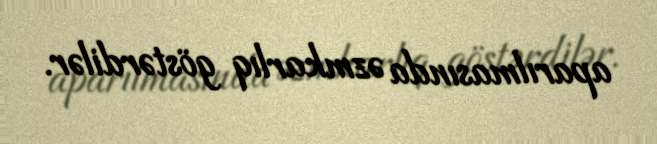
aparılmasında əzmkarlıq göstərdilər.